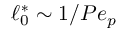
\ell _ { 0 } ^ { \ast } \sim 1 / P e _ { p }